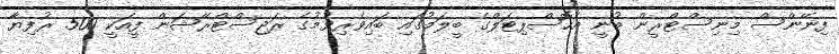
ފިނޭންސް މިނިސްޓްރީން ބުނީ އެހޮސްޕިޓަލްގެ ބީލަމުގައި ބައިވެރިވުމުގެ ރަޖިސްޓްރޭޝަން ފީއަކީ 500 ރުފިޔާ